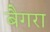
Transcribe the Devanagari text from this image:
बैगरा